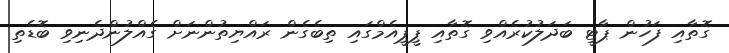
ގޮތާއި ފަހުން ޕާޓީ ބަދަލުކުރެއްވި ގޮތާއި ޕީޕީއެމްގައި ތިބެގެން ރައްޔިތުންނަށް ގެއްލުންދެނިވި ބޮޑެތި